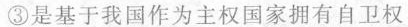
③是基于我国作为主权国家拥有自卫权